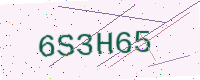
Text: 6S3H65